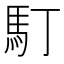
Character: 𩡯